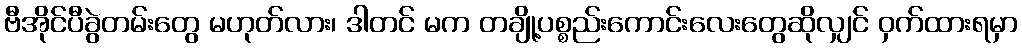
ဗီအိုင်ပီခွဲတမ်းတွေ မဟုတ်လား၊ ဒါတင် မက တချို့ပစ္စည်းကောင်းလေးတွေဆိုလျှင် ဝှက်ထားရမှာ